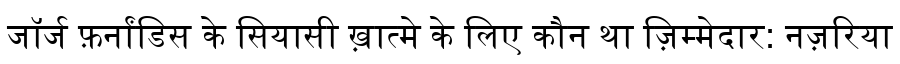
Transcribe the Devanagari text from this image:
जॉर्ज फ़र्नांडिस के सियासी ख़ात्मे के लिए कौन था ज़िम्मेदार: नज़रिया